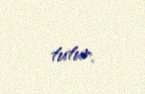
tutur.